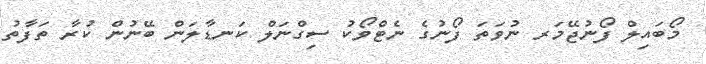
މޯބައިލް ފޯނުޖޭމަރ ނުވަތަ ފޯނުގެ ނެޓްވޯކު ސިގްނަލް ކަނޑާލަން ބޭނުން ކުރާ ތަފާތު